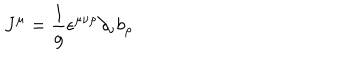
LaTeX: J ^ { \mu } = \frac { 1 } { g } \epsilon ^ { \mu \nu \rho } \partial _ { \nu } b _ { \rho }